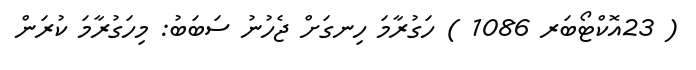
( 23އޮކްޓޯބަރ 1086 ) ހަގުރާމަ ހިނގަށް ޖެހުނު ސަބަބު: މިހަގުރާމަ ކުރަން